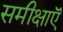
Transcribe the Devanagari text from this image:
समीक्षाऍं